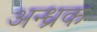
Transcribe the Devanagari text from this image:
अन्ध्रक